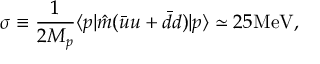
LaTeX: \sigma \equiv { \frac { 1 } { 2 M _ { p } } } \langle p | \hat { m } ( \bar { u } u + \bar { d } d ) | p \rangle \simeq 2 5 \mathrm { { M e V } } ,